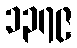
၁၃၇၉